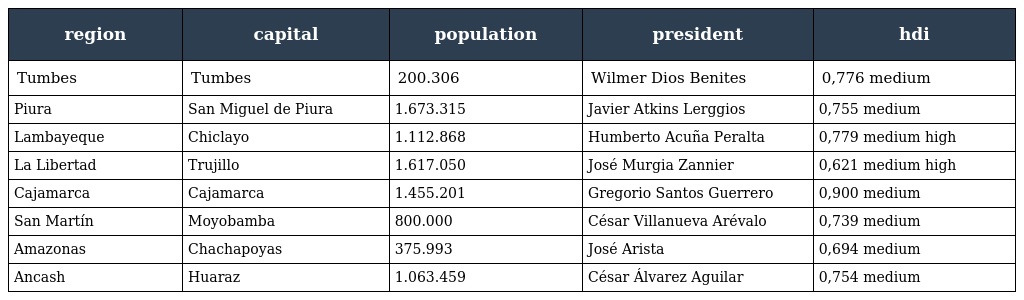
| region | capital | population | president | hdi |
 | --- | --- | --- | --- | --- |
 | Tumbes | Tumbes | 200.306 | Wilmer Dios Benites | 0,776 medium |
 | Piura | San Miguel de Piura | 1.673.315 | Javier Atkins Lerggios | 0,755 medium |
 | Lambayeque | Chiclayo | 1.112.868 | Humberto Acuña Peralta | 0,779 medium high |
 | La Libertad | Trujillo | 1.617.050 | José Murgia Zannier | 0,621 medium high |
 | Cajamarca | Cajamarca | 1.455.201 | Gregorio Santos Guerrero | 0,900 medium |
 | San Martín | Moyobamba | 800.000 | César Villanueva Arévalo | 0,739 medium |
 | Amazonas | Chachapoyas | 375.993 | José Arista | 0,694 medium |
 | Ancash | Huaraz | 1.063.459 | César Álvarez Aguilar | 0,754 medium |